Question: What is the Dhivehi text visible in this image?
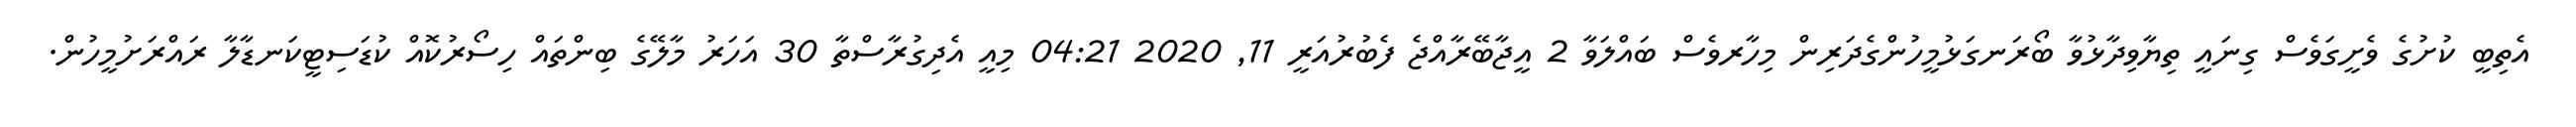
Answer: އެތިބީ ކުށުގެ ވެށީގަވެސް ގިނައީ ތިޔާވިދާޅުވާ ބޯރަނގަޅުމީހުންގެދަރިން މިހާރވެސް ބައްލަވާ 2 އީޖާބޭރާއްޖެ ފެބުރުއަރީ 11, 2020 04:21 މިއީ އެދިގުރާސްތާ 30 އަހަރު މާލޭގެ ބިންތައް ހިސޯރުކޮއް ކުޑަސިޓީކަނޑާލާ ރައްރަށުމީހުން.